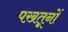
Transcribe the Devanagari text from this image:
पख़तूनों